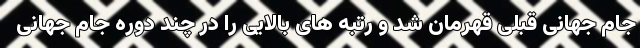
جام جهانی قبلی قهرمان شد و رتبه های بالایی را در چند دوره جام جهانی